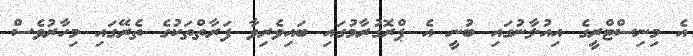
އެ މިނިސްޓްރީގެ އިއުލާނުގައި ބުނީ އެ ޕްރޮގުރާމުގައި ބައިވެރިވާ ފަރާތްތަކުގެ ތެރޭގައި މިހާރުވެސް